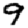
Digit: 9